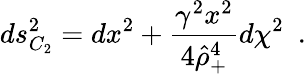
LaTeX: ds_{C_{2}}^{2}=dx^{2}+{\frac{\gamma^{2}x^{2}}{4\hat{\rho}_{+}^{4}}}d\chi^{2}~~.